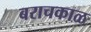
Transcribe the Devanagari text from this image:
बराचकाळ